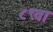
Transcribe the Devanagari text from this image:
८९वा